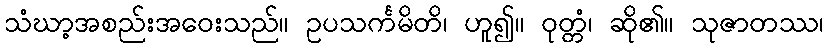
သံဃာ့အစည်းအဝေးသည်။ ဥပသင်္ကမိတိ၊ ဟူ၍။ ဝုတ္တံ၊ ဆို၏။ သုဇာတဿ၊